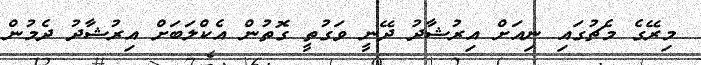
މިރޭގެ މެޗުގައި ނިއަށް އިރުޝާދު ދޭނީ ވަގުތީ ގޮތުން އެކްލަބަށް އިރުޝާދު ދެމުން